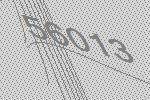
56013